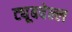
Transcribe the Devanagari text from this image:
ट्यूबवेल्ल